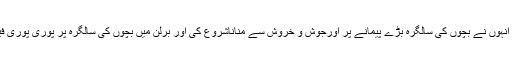
تاہم بچوں کی پیدائش کے بعد انہوں نے بچوں کی سالگرہ بڑے پیمانے پر اورجوش و خروش سے مناناشروع کی اور برلن میں بچوں کی سالگرہ پر پوری پوری فیملیوں کو بلانے کا رواج پڑا۔